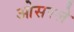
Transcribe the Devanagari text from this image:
ओसरले